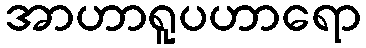
အာဟာရူပဟာရော